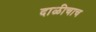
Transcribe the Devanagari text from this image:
दाळीचाच